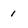
Character: 1